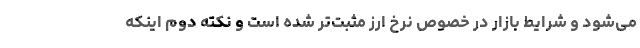
می‌شود و شرایط بازار در خصوص نرخ ارز مثبت‌تر شده است و نکته دوم اینکه